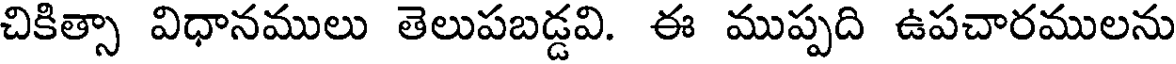
చికిత్సా విధానములు తెలుపబడ్డవి. ఈ ముప్పది ఉపచారములను